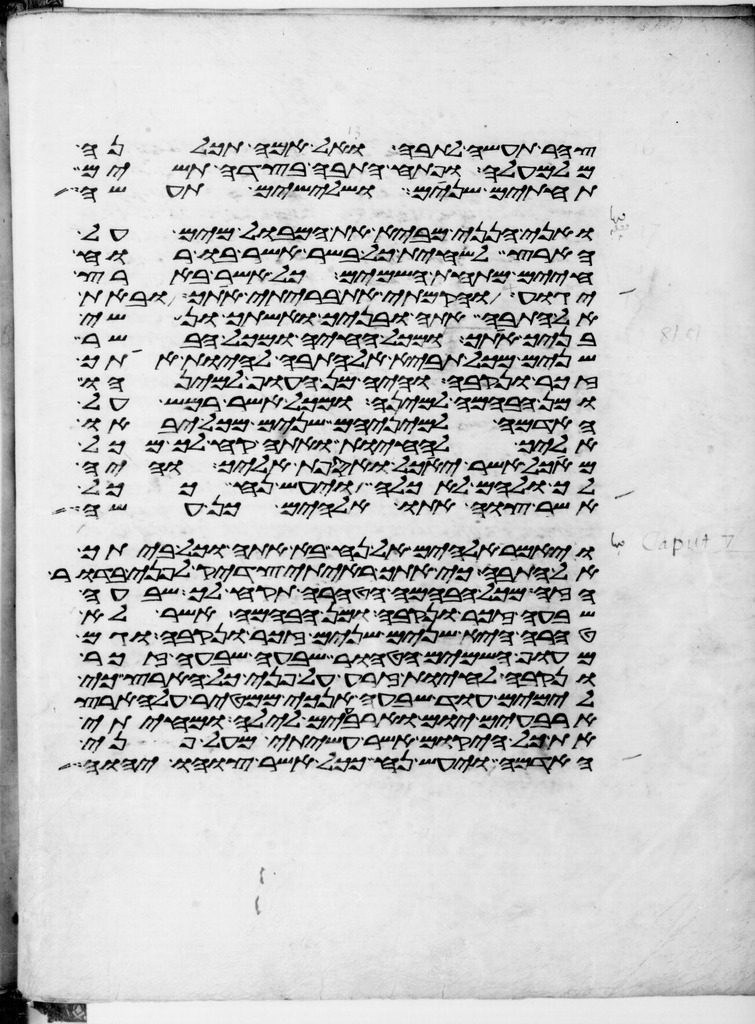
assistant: צהר תעשה לתבה ועל אמה תכלנה
מלמעלה ופתח התבה בצדה תשים
תחתים שנים ושלישים תעשה
ואני הנני מביא את המבול מים על
הארץ להשחית כל בשר אשר בו רוח
חיים מתחת השמים כל אשר בארץ
יגוע והקמתי את בריתי אתך ובאת
אל התבה אתה ובניך ואשתך ונשי
בניך אתך ומכל החיה ומכל הבשר
שנים מכל תביא אל התבה להחיות אתך
זכר ונקבה והיה מן העוף למינהו
ומן הבהמה למינה ומכל אשר רמש על
האדמה למיניהם שנים מכל יבאו
אליך להחיות ואתה קח לך מכל
מאכל אשר יאכל ואספת אליך והיה
לך ולהם לאכלה ויעש נח ככל
אשר צוה אתו אלהים כן עשה
ויאמר אלהים אל נח בא אתה וכל ביתך
אל התבה כי אתך ראיתי צדיק לפני בדור
הזה מכל הבהמה הטהרה תקח לך שבעה
שבעה זכר ונקבה ומן הבהמה אשר לא
טהרה היא שנים שנים זכר ונקבה וגם
מעוף השמים הטהור שבעה שבעה זכר
ונקבה להחיות זרע על פני כל הארץ כי
לימים עוד שבעה אנכי ממטיר על הארץ
ארבעים יום וארבעים לילה ומחיתי
את כל היקום אשר עשיתי מעל פני
האדמה ויעש נח ככל אשר צוהו יהוה